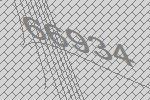
66934